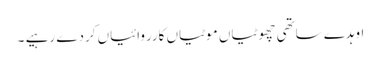
اوہدے ساتھی چھوٹیاں موٹیاں کارروائیاں کردے رہیے ۔